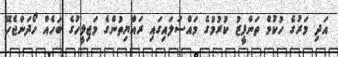
އަދި މަރުގެ ހުކުމް ތަންފީޒު ކުރުމުގެ މައްސަލައިގައި ރައްޔިތުންގެ މަޖިލީހުގެ ބަހެއް ހޯދަންޖެހޭ